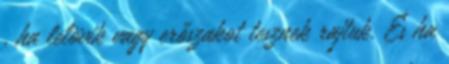
, ha lelövik vagy erőszakot tesznek rajtuk. És ha